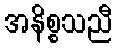
အနိစ္စသညီ